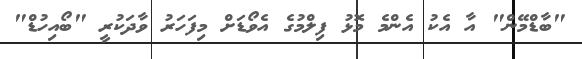
"ބާޑްމޭން" އާ އެކު އެންމެ މޮޅު ފިލްމުގެ އެވޯޑަށް މިފަހަރު ވާދަކުރީ "ބޯއިހުޑް"